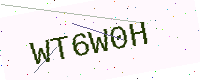
Text: WT6W0H